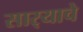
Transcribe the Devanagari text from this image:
सार्‍याचे